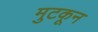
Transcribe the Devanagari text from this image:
मुटकून